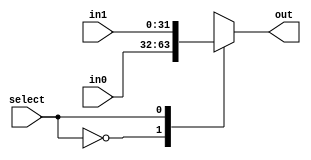
module MUX32 (input select, input [31:0] in0, in1, output reg [31:0] out);
always @(*) begin 
	case (select)
		1'b0 : out = in0;
		1'b1 : out = in1;
	endcase
end
endmodule